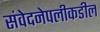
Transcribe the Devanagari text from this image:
संवेदनेपलीकडील